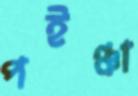
পইঞ্চা